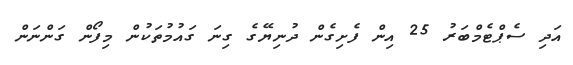
އަދި ސެޕްޓެމްބަރު 25 އިން ފެށިގެން ދުނިޔޭގެ ގިނަ ގައުމުތަކުން މިފޯން ގަންނަން